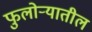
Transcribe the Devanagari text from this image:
फुलोऱ्यातील